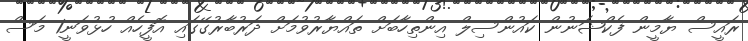
ރައީސް ޔާމީން ފެކްޝަނުން ކައުންސިލް އިންތިހާބަށް ތައްޔާރުވުމަށް ދަރުބާރުގޭގައި އޮފީހެއް ހުޅުވަނީ1 މަސް